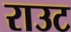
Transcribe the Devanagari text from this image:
राउट